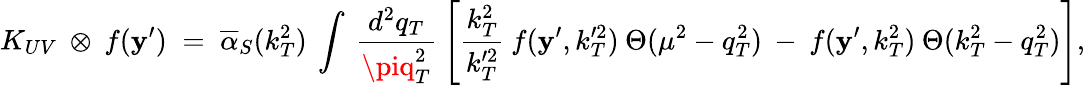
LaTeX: K_{UV}\: \otimes\: f(\mathbf{y}^{\prime})\; =\; \overline{{{{\alpha}}}}_{S}(k_{T}^{2})\: \int\: \frac{{d^{2}q_{T}}}{{\piq_{T}^{2}}}\: \left[\frac{{k_{T}^{2}}}{{k_{T}^{\prime2}}}\: f(\mathbf{y}^{\prime},k_{T}^{\prime2})\: \Theta(\mu^{2}-q_{T}^{2})\: -\: f(\mathbf{y}^{\prime},k_{T}^{2})\: \Theta(k_{T}^{2}-q_{T}^{2})\right],